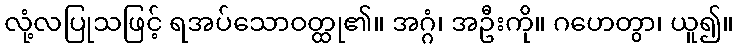
လုံ့လပြုသဖြင့် ရအပ်သောဝတ္ထု၏။ အဂ္ဂံ၊ အဦးကို။ ဂဟေတွာ၊ ယူ၍။